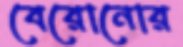
বেরোনোর